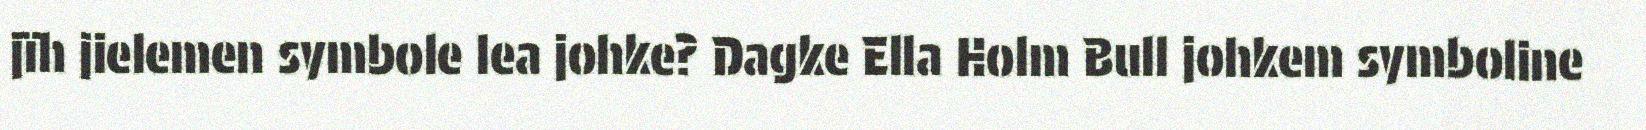
jïh jielemen symbole lea johke? Dagke Ella Holm Bull johkem symboline